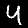
Label: 4